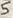
Text: 5